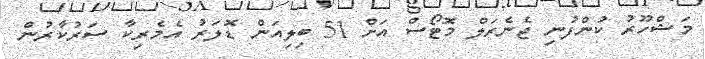
މަޝްހޫރު ކުންފުނި ޖެނެރަލް މޮޓޯސް އަށް 51 ބިލިއަން ޑޮލަރު އެމެރިކާ ސަރުކާރުން